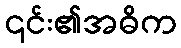
၎င်း၏အဓိက